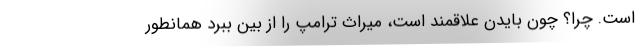
است. چرا؟ چون بایدن علاقمند است، میراث ترامپ را از بین ببرد همانطور